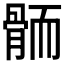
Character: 𱅭